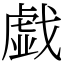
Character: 戯